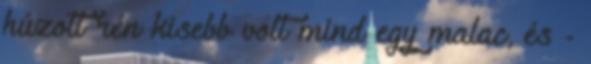
húzott rén kisebb volt mind egy malac, és -